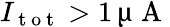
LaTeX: I_{\mathrm{~t~o~t~}}>1\, \upmu\mathrm{~A~}